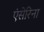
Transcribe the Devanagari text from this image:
एंसेरिना